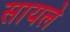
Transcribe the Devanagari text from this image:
सायले